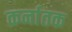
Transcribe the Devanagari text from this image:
कर्नातक